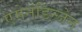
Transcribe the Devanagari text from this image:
एमेनडिन्जेन